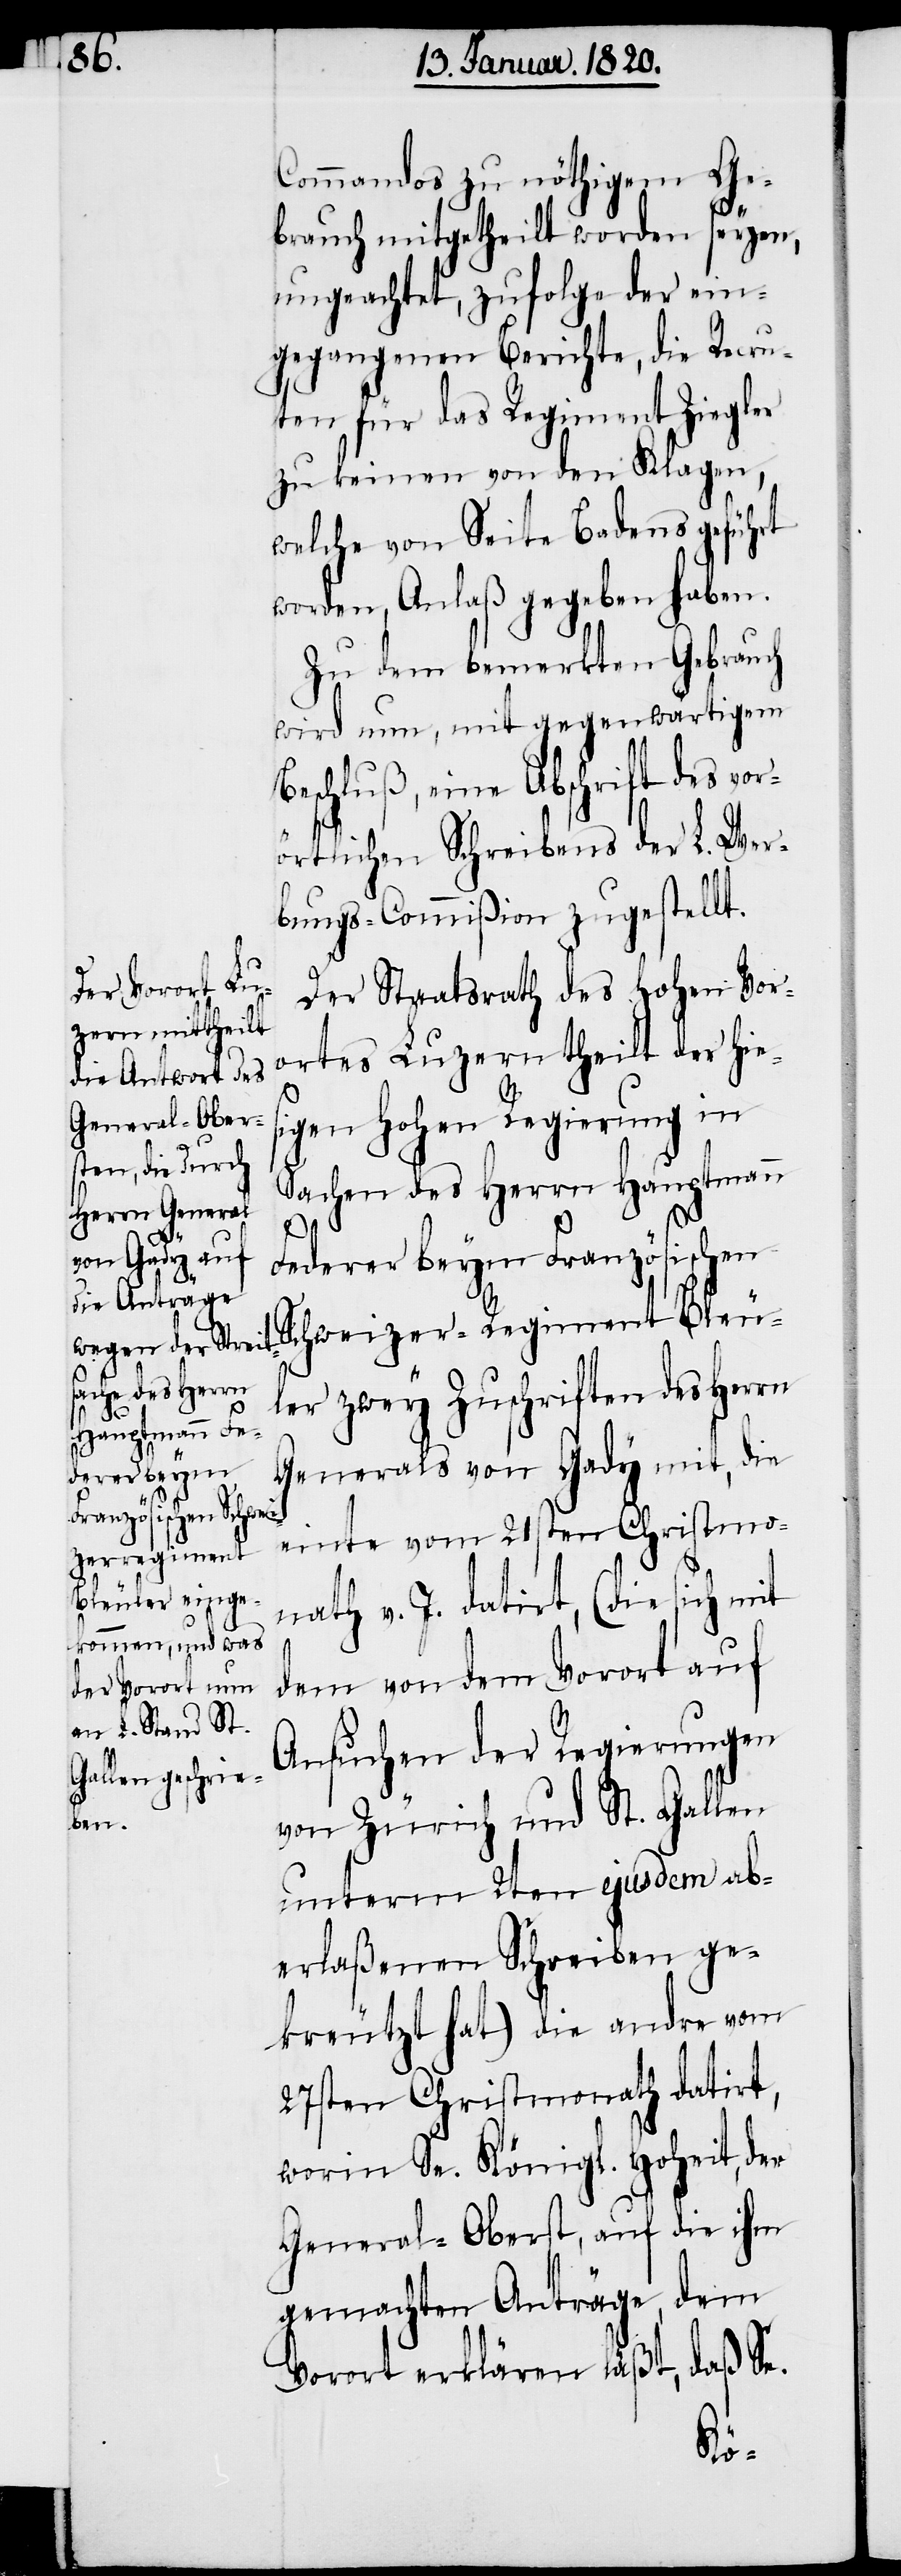
Commandos zu nöthigem Ge¬
brauch mitgetheilt worden seyen,
ungeachtet, zufolge der ein¬
gegangenen Berichte, die Recru¬
ten für das Regiment Ziegler
zu keinen von den Klagen,
welche von Seite Badens geführt
worden, Anlaß gegeben haben.
Zu dem bemerkten Gebrauch
wird nun, mit gegenwärtigem
Beschluß, eine Abschrift des vor¬
örtlichen Schreibens der L. Wer¬
bungs-Commißion zugestellt.
Der Staatsrath des Hohen Vor¬
ortes Luzern theilt der hies¬
igen Hohen Regierung in
Sachen des Herrn Hauptmann
Federer beym Französischen
Schweizer-Regiment Bleu¬
ler zwey Zuschriften des Herrn
Generals von Gady mit, die
einte vom 21sten Christmo¬
nath v. J. datirt, (die sich mit
dem von dem Vorort auf
Ansuchen der Regierungen
von Zürich und St. Gallen
unterm 2ten ejusdem ab¬
erlaßenen Schreiben ge¬
kreutzt hat) die andre vom
27sten Christmonath datirt,
worin Se. Königl. Hoheit, der
General-Oberst, auf die ihm
gemachten Anträge, dem
Vorort erklären läßt, daß Se.